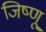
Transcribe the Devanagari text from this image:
जिष्णू